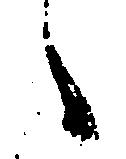
々